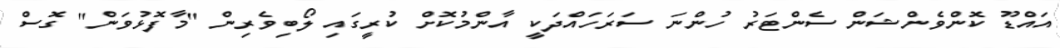
އައްޑޫ ކޮންވެންޝަން ސެންޓަރު ހުންނަ ސަރަހައްދަކީ އާންމުކޮށް ކުރީގައި ލޯބިވެރިން "މާފޮޅުވަން" ގޮސް